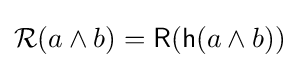
{\mathcal {R}}(a\wedge b)={\mathsf {R}}({\mathsf {h}}(a\wedge b))